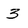
Character: 3